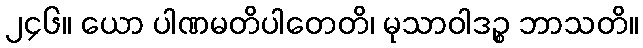
၂၄၆။ ယော ပါဏမတိပါတေတိ၊ မုသာဝါဒဉ္စ ဘာသတိ။